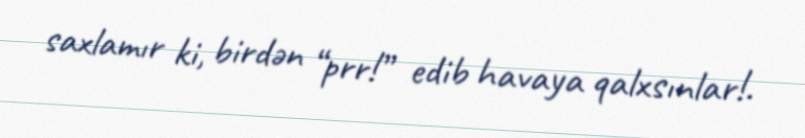
saxlamır ki, birdən “prr!” edib havaya qalxsınlar!.